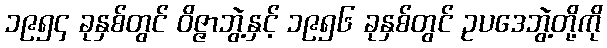
၁၉၅၄ ခုနှစ်တွင် ဝိဇ္ဇာဘွဲ့နှင့် ၁၉၅၆ ခုနှစ်တွင် ဥပဒေဘွဲ့တို့ကို